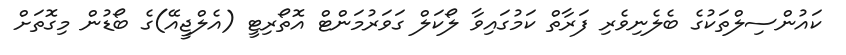
ކައުންސިލްތަކުގެ ބެލެނިވެރި ފަރާތް ކަމުގައިވާ ލޯކަލް ގަވަރުމަންޓް އޮތޯރިޓީ (އެލްޖީއޭ)ގެ ބޯޑުން މިގޮތަށް